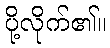
ပို့လိုက်၏။